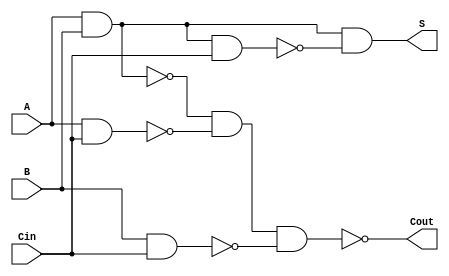
module NegativeCircuitFullAdder (
    input wire A,      // First input bit
    input wire B,      // Second input bit
    input wire Cin,    // Carry-in bit
    output wire S,     // Sum output
    output wire Cout    // Carry-out output
);

// Internal wires for intermediate results
wire AB, ACin, BCin; // Intermediate signals for AND operations
wire A_B, B_Cin, A_B_Cin; // Intermediate signals for XOR operations

// AND logic using NAND gates
assign AB = ~(A & B);
assign ACin = ~(A & Cin);
assign BCin = ~(B & Cin);

// Cout: Carry-out output using OR logic derived from NAND
assign Cout = ~(AB & ACin & BCin);

// XOR logic using NAND gates
assign A_B = ~(AB & ~(A & B)); // A XOR B
assign A_B_Cin = ~(A_B & ~(A_B & Cin)); // (A XOR B) XOR Cin
assign S = ~A_B_Cin; // Final sum output

endmodule